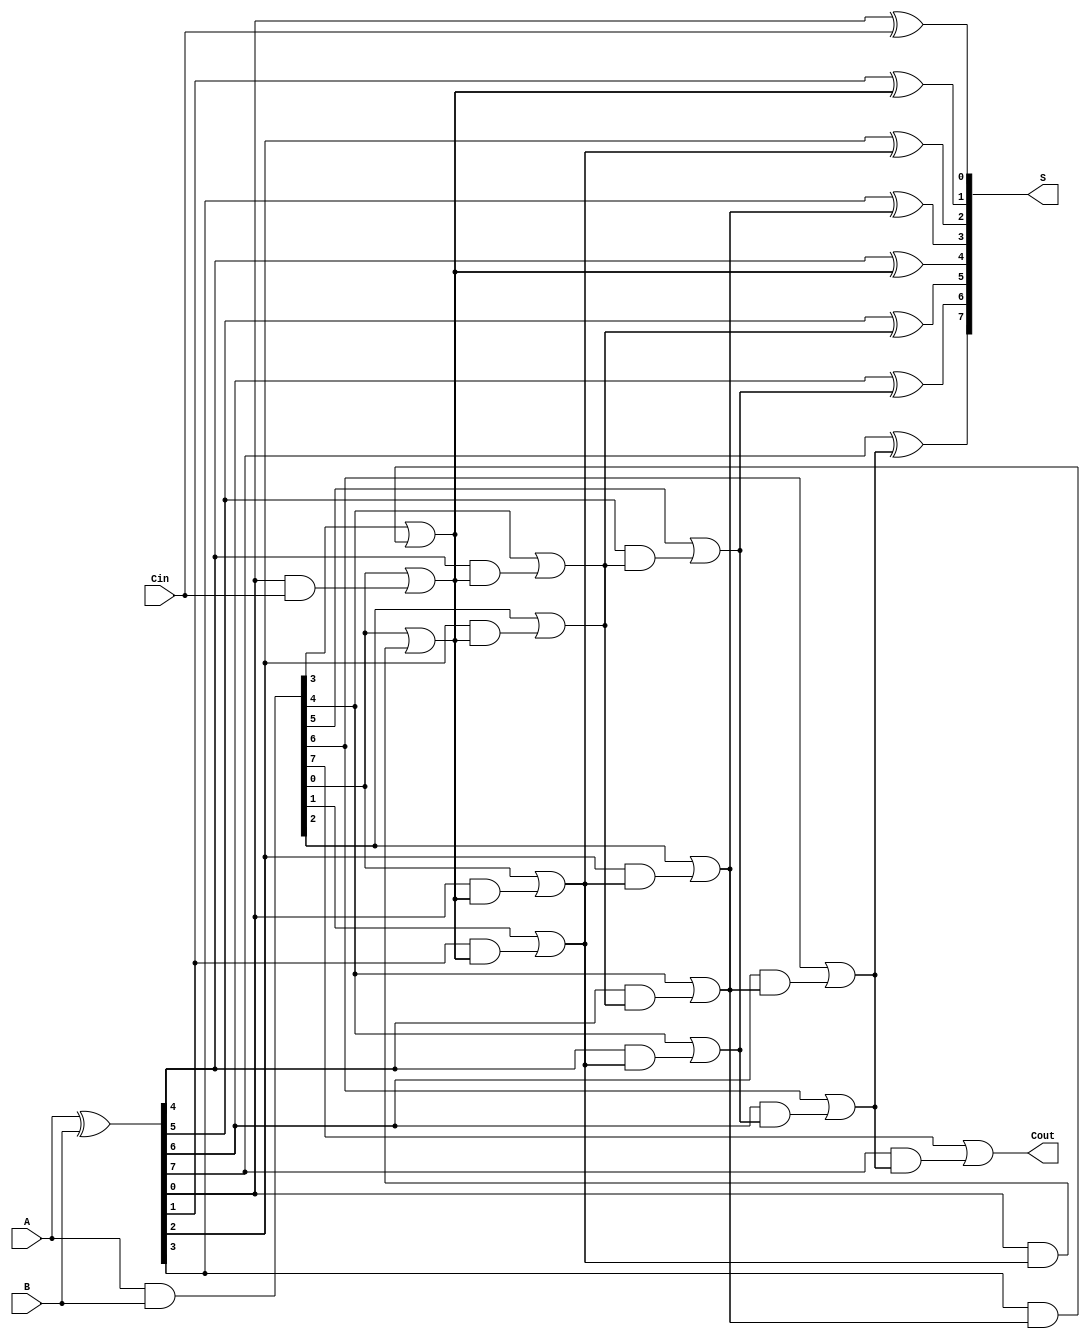
module SklanskyAdder #(
    parameter N = 8  // Bit width of the adder
)(
    input  [N-1:0] A,        // First operand
    input  [N-1:0] B,        // Second operand
    input         Cin,        // Carry input
    output [N-1:0] S,        // Sum output
    output        Cout        // Carry output
);

    wire [N-1:0] G;          // Generate signals
    wire [N-1:0] P;          // Propagate signals
    wire [N:0] C;            // Carry signals

    // Generate and Propagate calculations
    assign G = A & B;        // Generate
    assign P = A ^ B;        // Propagate

    // Carry initialization
    assign C[0] = Cin;

    // Level 1 carry generation
    genvar i;
    generate
        for (i = 0; i < N; i = i + 1) begin: level1
            assign C[i+1] = G[i] | (P[i] & C[i]);
        end
    endgenerate

    // Intermediate carry calculations
    generate
        for (i = 0; i < N/2; i = i + 1) begin: level2
            assign C[N/2 + i] = G[2*i] | (P[2*i] & C[i]);
        end
    endgenerate

    // Additional levels for carry generation
    generate
        // This pattern is repeated for log2(N) levels,
        // Here, we only do up to 3 levels for simplicity.
        for (i = 0; i < N/4; i = i + 1) begin: level3
            assign C[N/4 + i] = G[4*i] | (P[4*i] & C[N/2 + i]);
        end

        for (i = 0; i < N/8; i = i + 1) begin: level4
            assign C[N/8 + i] = G[8*i] | (P[8*i] & C[N/4 + i]);
        end
    endgenerate

    // Final carry out
    assign Cout = C[N];

    // Sum calculations
    generate
        for (i = 0; i < N; i = i + 1) begin: sum_calculation
            assign S[i] = P[i] ^ C[i];  // S[i] = P[i] XOR C[i]
        end
    endgenerate

endmodule